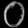
Digit: ၀